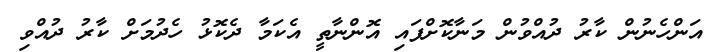
އަންހެނުން ކާރު ދުއްވުން މަނާކޮށްފައި އޮންނާތީ އެކަމާ ދެކޮޅު ހެދުމަށް ކާރު ދުއްވި